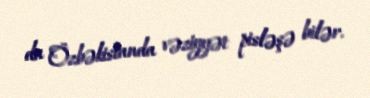
da Özbəkistanda vəziyyət pisləşə bilər.